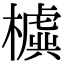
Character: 𣝛